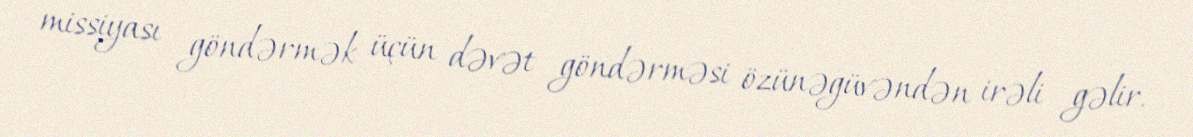
missiyası göndərmək üçün dəvət göndərməsi özünəgüvəndən irəli gəlir.